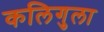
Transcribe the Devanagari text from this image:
कलिगुला